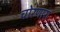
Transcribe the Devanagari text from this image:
चोरणारा